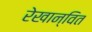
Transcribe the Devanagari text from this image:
रेखान्वित